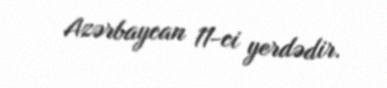
Azərbaycan 11-ci yerdədir.